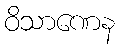
ဝိသာဏေန